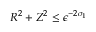
R ^ { 2 } + Z ^ { 2 } \le \epsilon ^ { - 2 \sigma _ { 1 } }